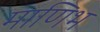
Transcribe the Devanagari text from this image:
माणिभ